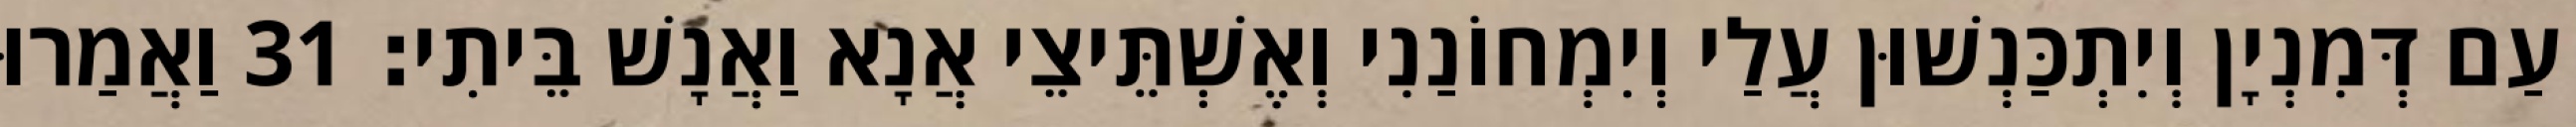
עַם דְּמִנְיָן וְיִתְכַּנְשׁוּן עֲלַי וְיִמְחוֹנַנִי וְאֶשְׁתֵּיצֵי אֲנָא וַאֲנָשׁ בֵּיתִי׃ 31 וַאֲמַרוּ